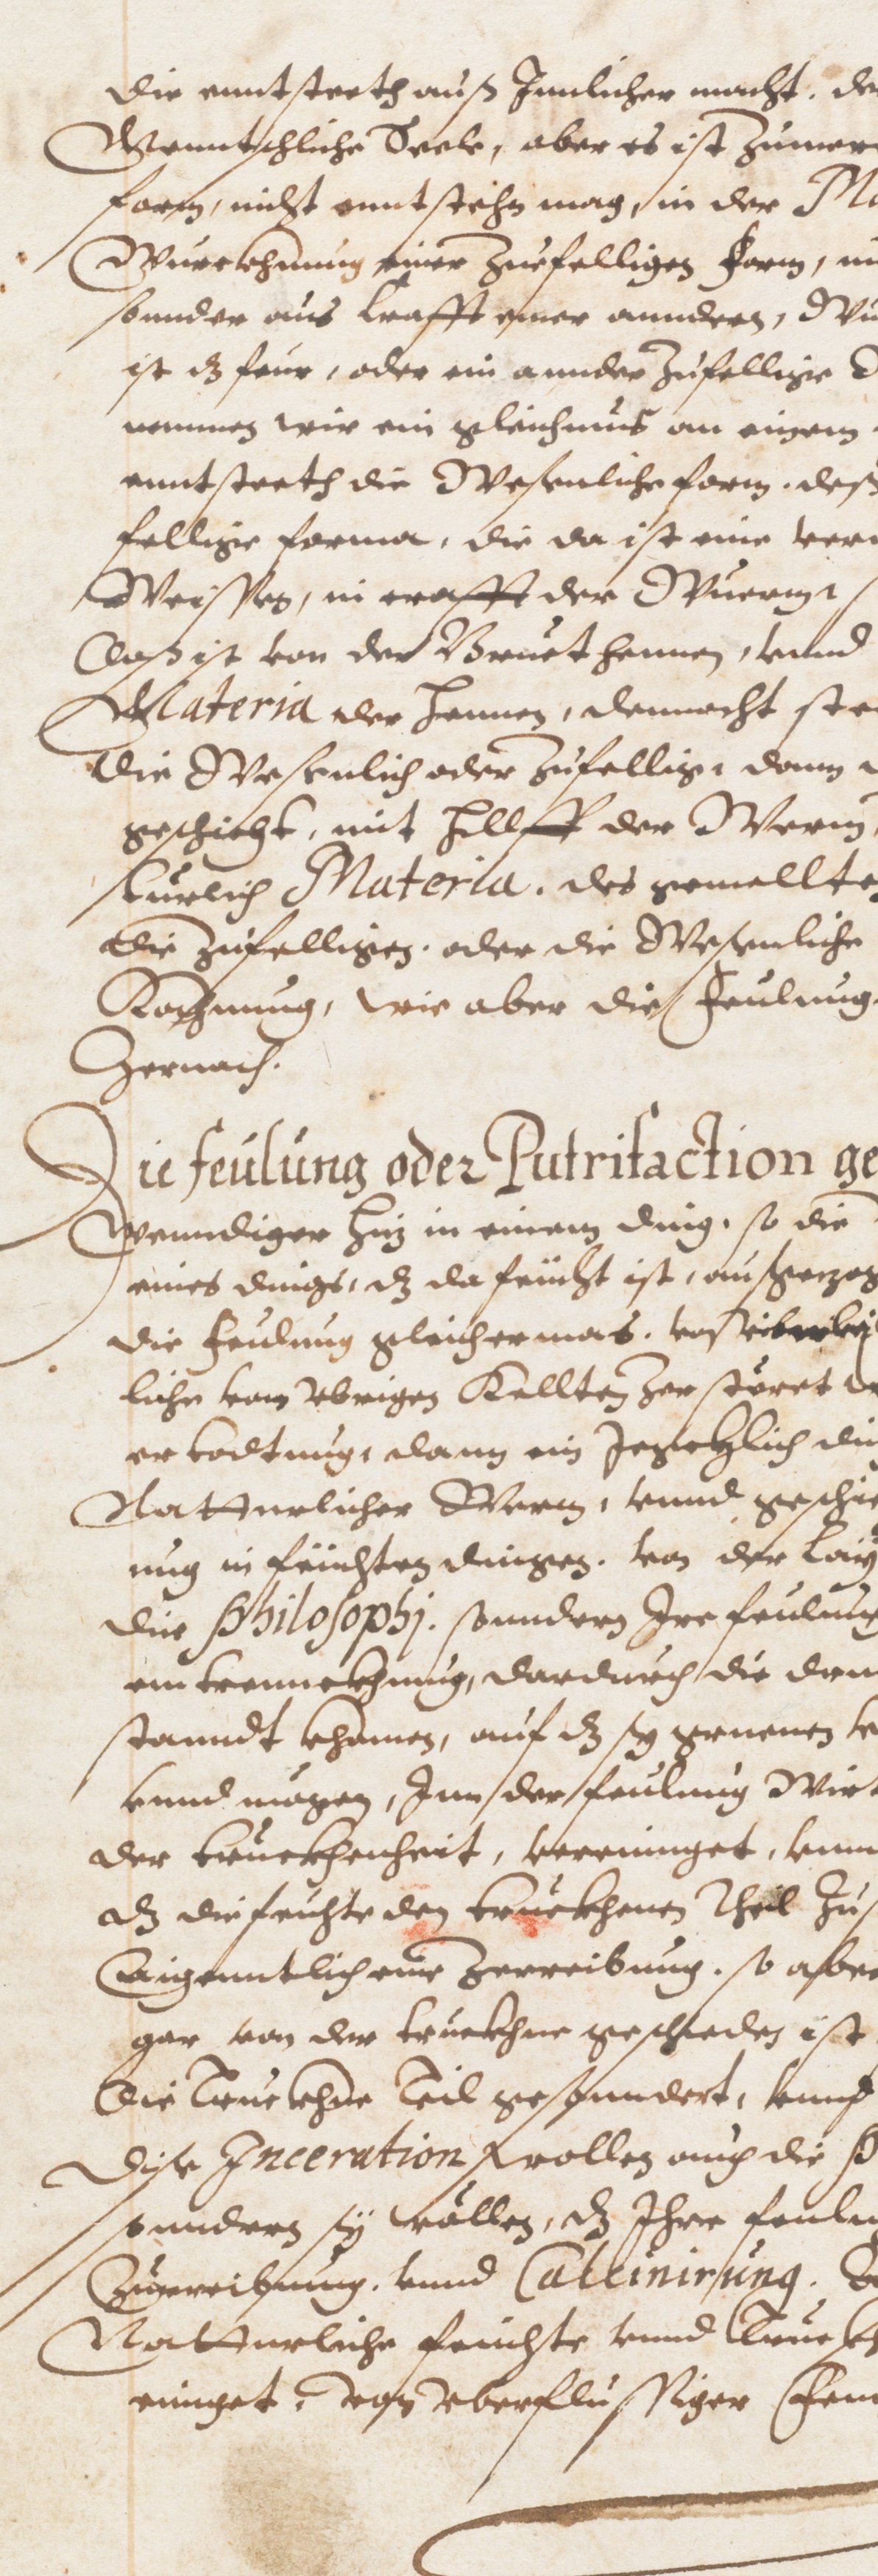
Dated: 1593–1593